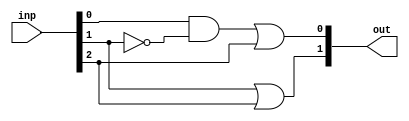
module PE_1(inp, out);
input [2:0] inp; // input
wire [2:0] inp; // input is wire
output [1:0] out; // output
wire y; // for temp vals
		
and a1(y, inp[0], ~inp[1]);
or o1(out[0], y, inp[2]);
or o2(out[1], inp[1], inp[2]);

endmodule